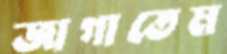
জাগাতেম